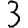
Digit: 3